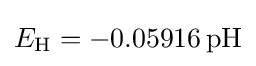
E_{\mathrm {H} }=-0.05916\,{\mathrm {pH} }